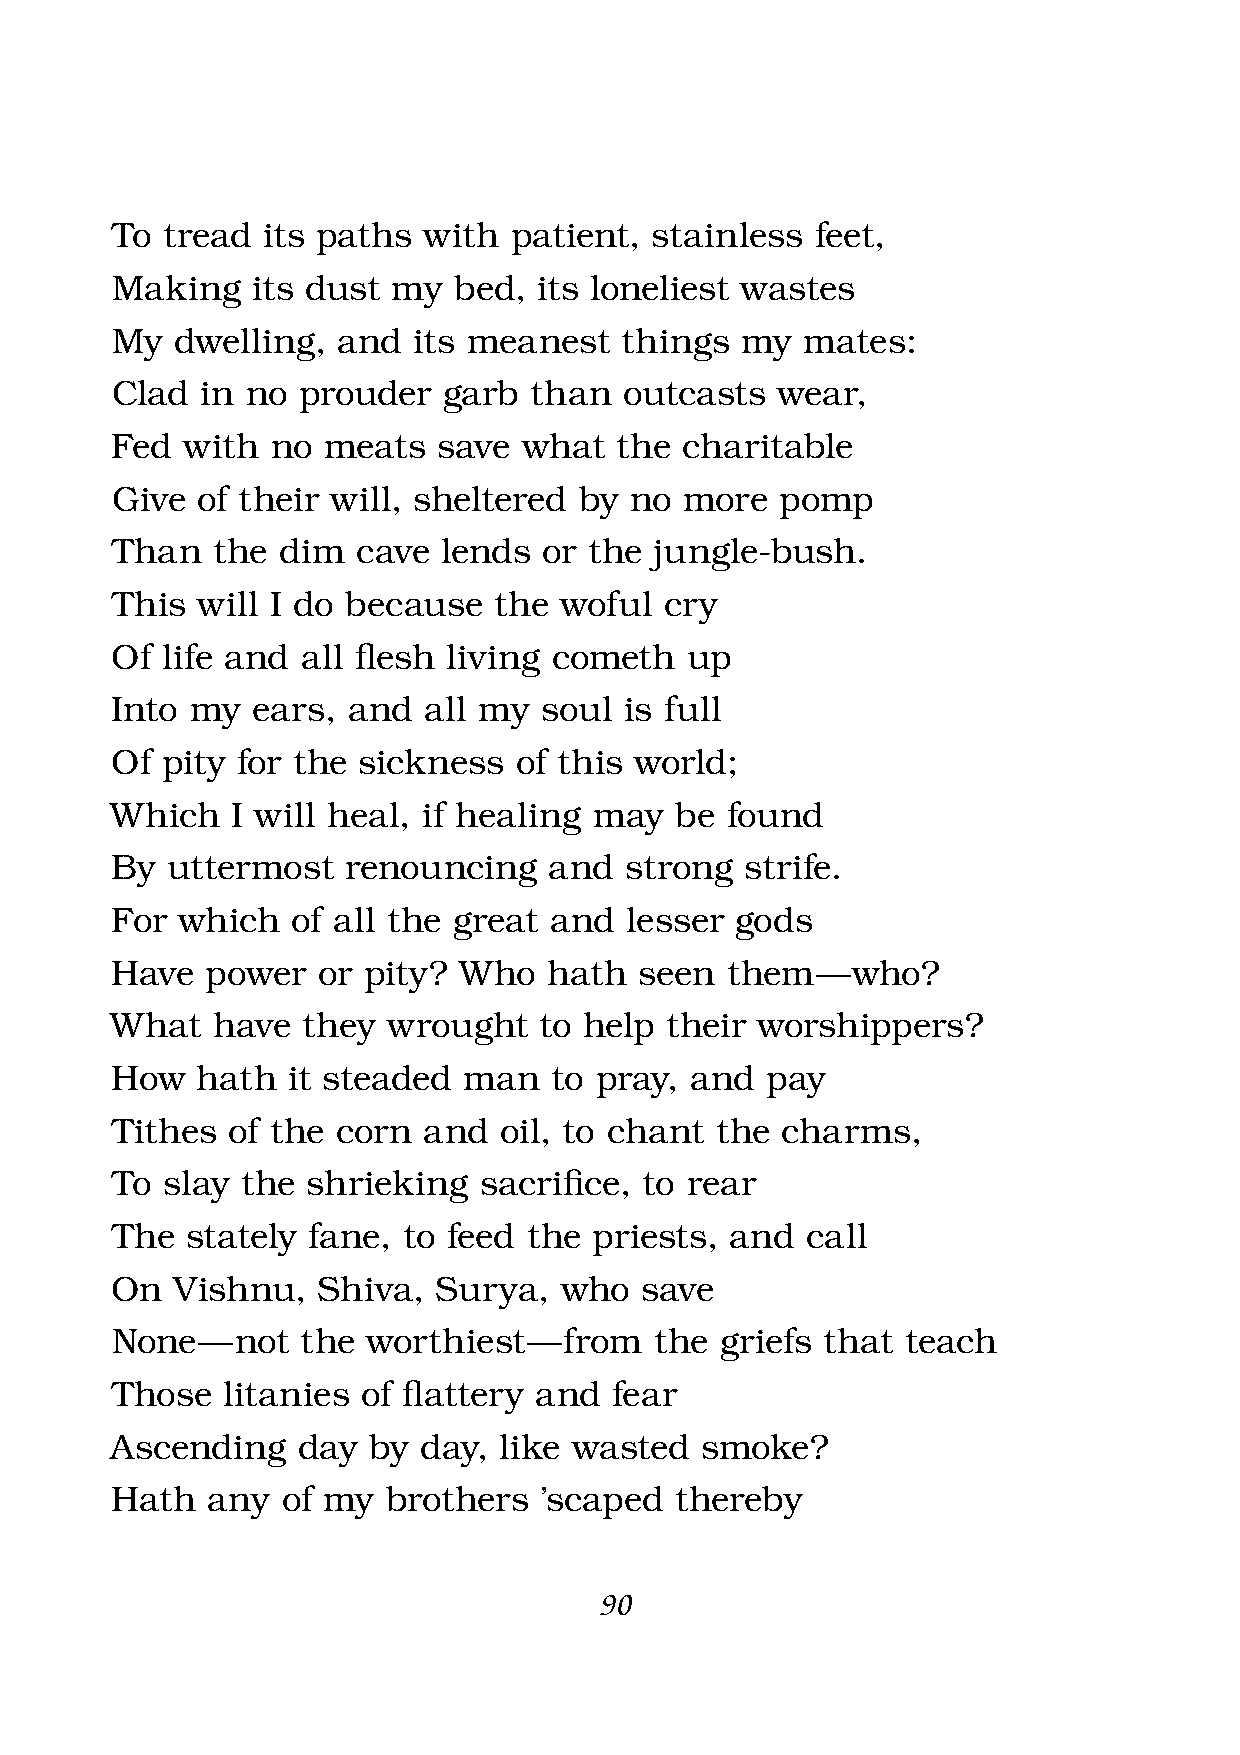
To  tread its paths  with  patient, stainless  feet,
 Making    its dust my  bed,  its loneliest wastes
 My   dwelling, and  its meanest   things  my  mates:
 Clad  in no  prouder  garb  than  outcasts  wear,
 Fed  with  no meats   save  what  the charitable
 Give  of their will, sheltered by  no more   pomp
 Than   the dim   cave lends  or the jungle-bush.
 This  will I do because   the woful  cry
 Of  life and all fl esh living cometh up
 Into  my  ears, and  all my  soul is full
 Of  pity for the sickness  of this world;
 Which   I will heal, if healing may   be found
 By  uttermost   renouncing   and  strong  strife.
 For  which  of all the great and  lesser  gods
 Have   power  or pity? Who   hath  seen  them  — who?
 What   have  they  wrought   to help their worshippers?
 How   hath  it steaded  man   to pray, and  pay
 Tithes  of the corn  and  oil, to chant the  charms,
 To  slay the shrieking   sacrifi ce, to rear
 The  stately fane,  to feed the priests, and  call
 On   Vishnu,  Shiva,  Surya,  who  save
 None  —  not the worthiest  — from  the  griefs that teach
 Those   litanies of fl attery and fear
 Ascending    day by  day, like wasted  smoke?
 Hath   any  of my  brothers  ’scaped  thereby
 90